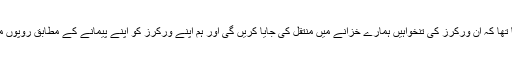
کیونکہ ہماری حکومت نے مطالبہ کیا تھا کہ ان ورکرز کی تنخواہیں ہمارے خزانے میں منتقل کی جایا کریں گی اور ہم اپنے ورکرز کو اپنے پیمانے کے مطابق روپوں میں اجرتوں کی ادائیگی کیا کریں گے ۔